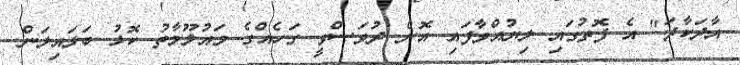
އާދަކާދަ" އެ ފޮތުގައި ލިޔުއްވާފައި އޮން ދުވަސްވީ ގަހެއްގެ މައުލޫމާތު ކޮޅު ބަލައިލަން